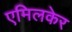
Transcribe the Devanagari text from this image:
एमिलकेर